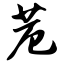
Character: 苊